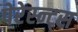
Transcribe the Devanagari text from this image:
पेरेस्न्ट्स